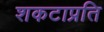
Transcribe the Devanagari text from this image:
शकटाप्रति